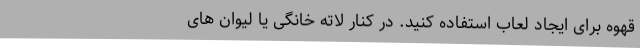
قهوه برای ایجاد لعاب استفاده کنید. در کنار لاته خانگی یا لیوان های